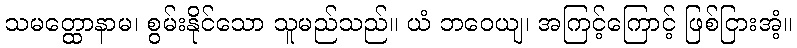
သမတ္ထောနာမ၊ စွမ်းနိုင်သော သူမည်သည်။ ယံ ဘဝေယျ၊ အကြင့်ကြောင့် ဖြစ်ငြားအံ့။